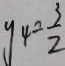
y _ { 4 } = \frac { 3 } { 2 }